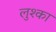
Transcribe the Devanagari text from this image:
लुश्का